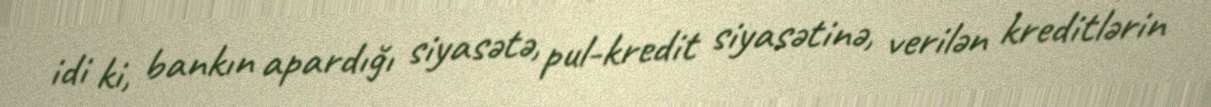
idi ki, bankın apardığı siyasətə, pul-kredit siyasətinə, verilən kreditlərin